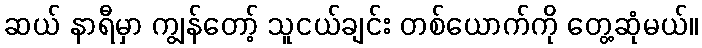
ဆယ် နာရီမှာ ကျွန်တော့် သူငယ်ချင်း တစ်ယောက်ကို တွေ့ဆုံမယ်။